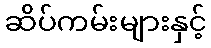
ဆိပ်ကမ်းများနှင့်